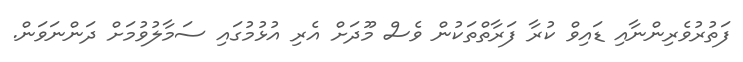
ފަތުރުވެރިންނާއި ޑައިވް ކުރާ ފަރާތްތަކުން ވެސް މޫދަށް އެރި އުޅުމުގައި ސަމާލުވުމަށް ދަންނަވަން.